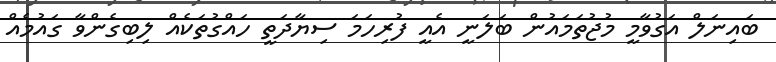
ބައިނަލް އަގުވާމީ މުޖުތަމައުން ބަލަނީ އެއީ ފުރިހަމަ ސިޔާދަތީ ހައްގުތަކެއް ލިބިގެންވާ ގައުމެއް